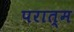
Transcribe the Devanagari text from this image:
परात्म